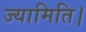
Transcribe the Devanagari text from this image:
ज्यामिति।